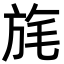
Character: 旄